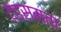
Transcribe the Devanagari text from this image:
दंडसमता